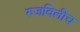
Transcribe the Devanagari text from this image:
रुजविलीच